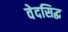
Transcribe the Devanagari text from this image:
वेदसिद्ध